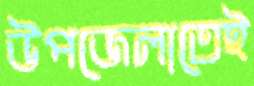
উপজেলাতেই